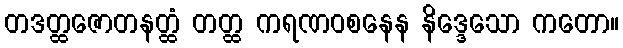
တဒတ္ထဇောတနတ္ထံ တတ္ထ ကရဏဝစနေန နိဒ္ဒေသော ကတော။